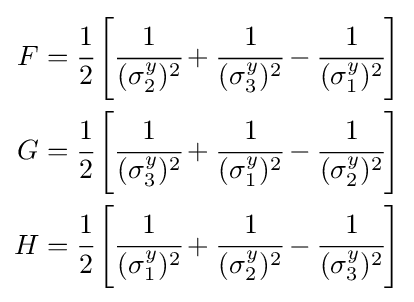
{\begin{aligned}F&={\cfrac {1}{2}}\left[{\cfrac {1}{(\sigma _{2}^{y})^{2}}}+{\cfrac {1}{(\sigma _{3}^{y})^{2}}}-{\cfrac {1}{(\sigma _{1}^{y})^{2}}}\right]\\G&={\cfrac {1}{2}}\left[{\cfrac {1}{(\sigma _{3}^{y})^{2}}}+{\cfrac {1}{(\sigma _{1}^{y})^{2}}}-{\cfrac {1}{(\sigma _{2}^{y})^{2}}}\right]\\H&={\cfrac {1}{2}}\left[{\cfrac {1}{(\sigma _{1}^{y})^{2}}}+{\cfrac {1}{(\sigma _{2}^{y})^{2}}}-{\cfrac {1}{(\sigma _{3}^{y})^{2}}}\right]\end{aligned}}